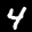
Label: 4